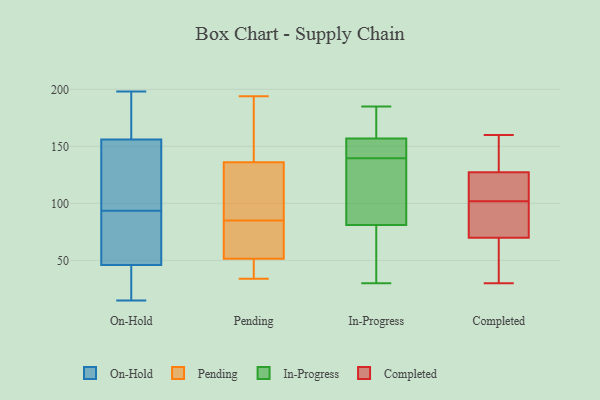
{"axis": {"x": "Headcount", "y": "Value"}, "legend": ["Completed", "In-Progress", "On-Hold", "Pending"], "data": [{"x": "", "y": 86, "type": "On-Hold"}, {"x": "", "y": 161, "type": "On-Hold"}, {"x": "", "y": 15, "type": "On-Hold"}, {"x": "", "y": 148, "type": "On-Hold"}, {"x": "", "y": 198, "type": "On-Hold"}, {"x": "", "y": 151, "type": "On-Hold"}, {"x": "", "y": 53, "type": "On-Hold"}, {"x": "", "y": 46, "type": "On-Hold"}, {"x": "", "y": 40, "type": "On-Hold"}, {"x": "", "y": 165, "type": "On-Hold"}, {"x": "", "y": 172, "type": "On-Hold"}, {"x": "", "y": 90, "type": "On-Hold"}, {"x": "", "y": 124, "type": "On-Hold"}, {"x": "", "y": 46, "type": "On-Hold"}, {"x": "", "y": 23, "type": "On-Hold"}, {"x": "", "y": 97, "type": "On-Hold"}, {"x": "", "y": 38, "type": "Pending"}, {"x": "", "y": 65, "type": "Pending"}, {"x": "", "y": 90, "type": "Pending"}, {"x": "", "y": 45, "type": "Pending"}, {"x": "", "y": 171, "type": "Pending"}, {"x": "", "y": 87, "type": "Pending"}, {"x": "", "y": 58, "type": "Pending"}, {"x": "", "y": 34, "type": "Pending"}, {"x": "", "y": 83, "type": "Pending"}, {"x": "", "y": 194, "type": "Pending"}, {"x": "", "y": 134, "type": "Pending"}, {"x": "", "y": 138, "type": "Pending"}, {"x": "", "y": 81, "type": "In-Progress"}, {"x": "", "y": 147, "type": "In-Progress"}, {"x": "", "y": 157, "type": "In-Progress"}, {"x": "", "y": 185, "type": "In-Progress"}, {"x": "", "y": 86, "type": "In-Progress"}, {"x": "", "y": 30, "type": "In-Progress"}, {"x": "", "y": 134, "type": "In-Progress"}, {"x": "", "y": 145, "type": "In-Progress"}, {"x": "", "y": 170, "type": "In-Progress"}, {"x": "", "y": 34, "type": "In-Progress"}, {"x": "", "y": 137, "type": "Completed"}, {"x": "", "y": 101, "type": "Completed"}, {"x": "", "y": 49, "type": "Completed"}, {"x": "", "y": 30, "type": "Completed"}, {"x": "", "y": 160, "type": "Completed"}, {"x": "", "y": 81, "type": "Completed"}, {"x": "", "y": 76, "type": "Completed"}, {"x": "", "y": 111, "type": "Completed"}, {"x": "", "y": 105, "type": "Completed"}, {"x": "", "y": 102, "type": "Completed"}, {"x": "", "y": 141, "type": "Completed"}, {"x": "", "y": 52, "type": "Completed"}, {"x": "", "y": 124, "type": "Completed"}]}